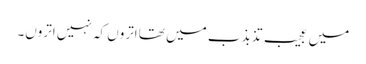
میں عجیب تذبذب میں تھا اتروں کہ نہیں اتروں۔